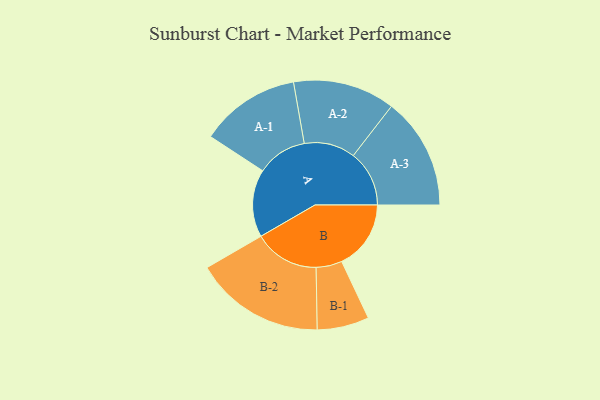
{"axis": {"x": "Segment", "y": "Value"}, "legend": ["", "A", "B"], "data": [{"x": "A", "y": 305, "type": ""}, {"x": "B", "y": 312, "type": ""}, {"x": "A-1", "y": 226, "type": "A"}, {"x": "A-2", "y": 230, "type": "A"}, {"x": "A-3", "y": 252, "type": "A"}, {"x": "B-1", "y": 117, "type": "B"}, {"x": "B-2", "y": 294, "type": "B"}]}